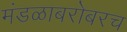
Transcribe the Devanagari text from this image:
मंडळाबरोबरच